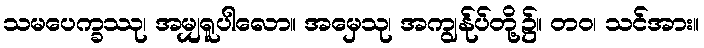
သမပေက္ခဿု၊ အမျှရူပါလော။ အမှေသု၊ အကျွန်ုပ်တို့၌။ တဝ၊ သင်အား။